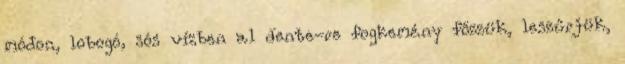
módon, lobogó, sós vízben al dente-re fogkemény főzzük, leszűrjük,